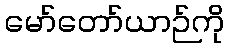
မော်တော်ယာဉ်ကို